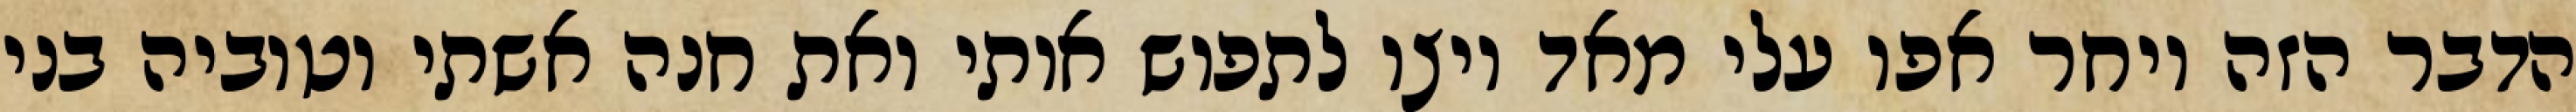
הדבר הזה ויחר אפו עלי מאד ויצו לתפוש אותי ואת חנה אשתי וטוביה בני